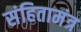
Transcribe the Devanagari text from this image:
संहितामंत्र